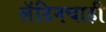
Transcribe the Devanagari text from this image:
लॅटिनचाही